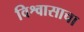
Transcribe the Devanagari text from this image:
विश्वासाचा